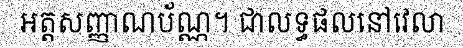
អត្តសញ្ញាណប័ណ្ណ។ ជាលទ្ធផលនៅវេលា